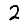
Digit: 2